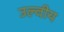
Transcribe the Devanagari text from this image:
उल्वीय